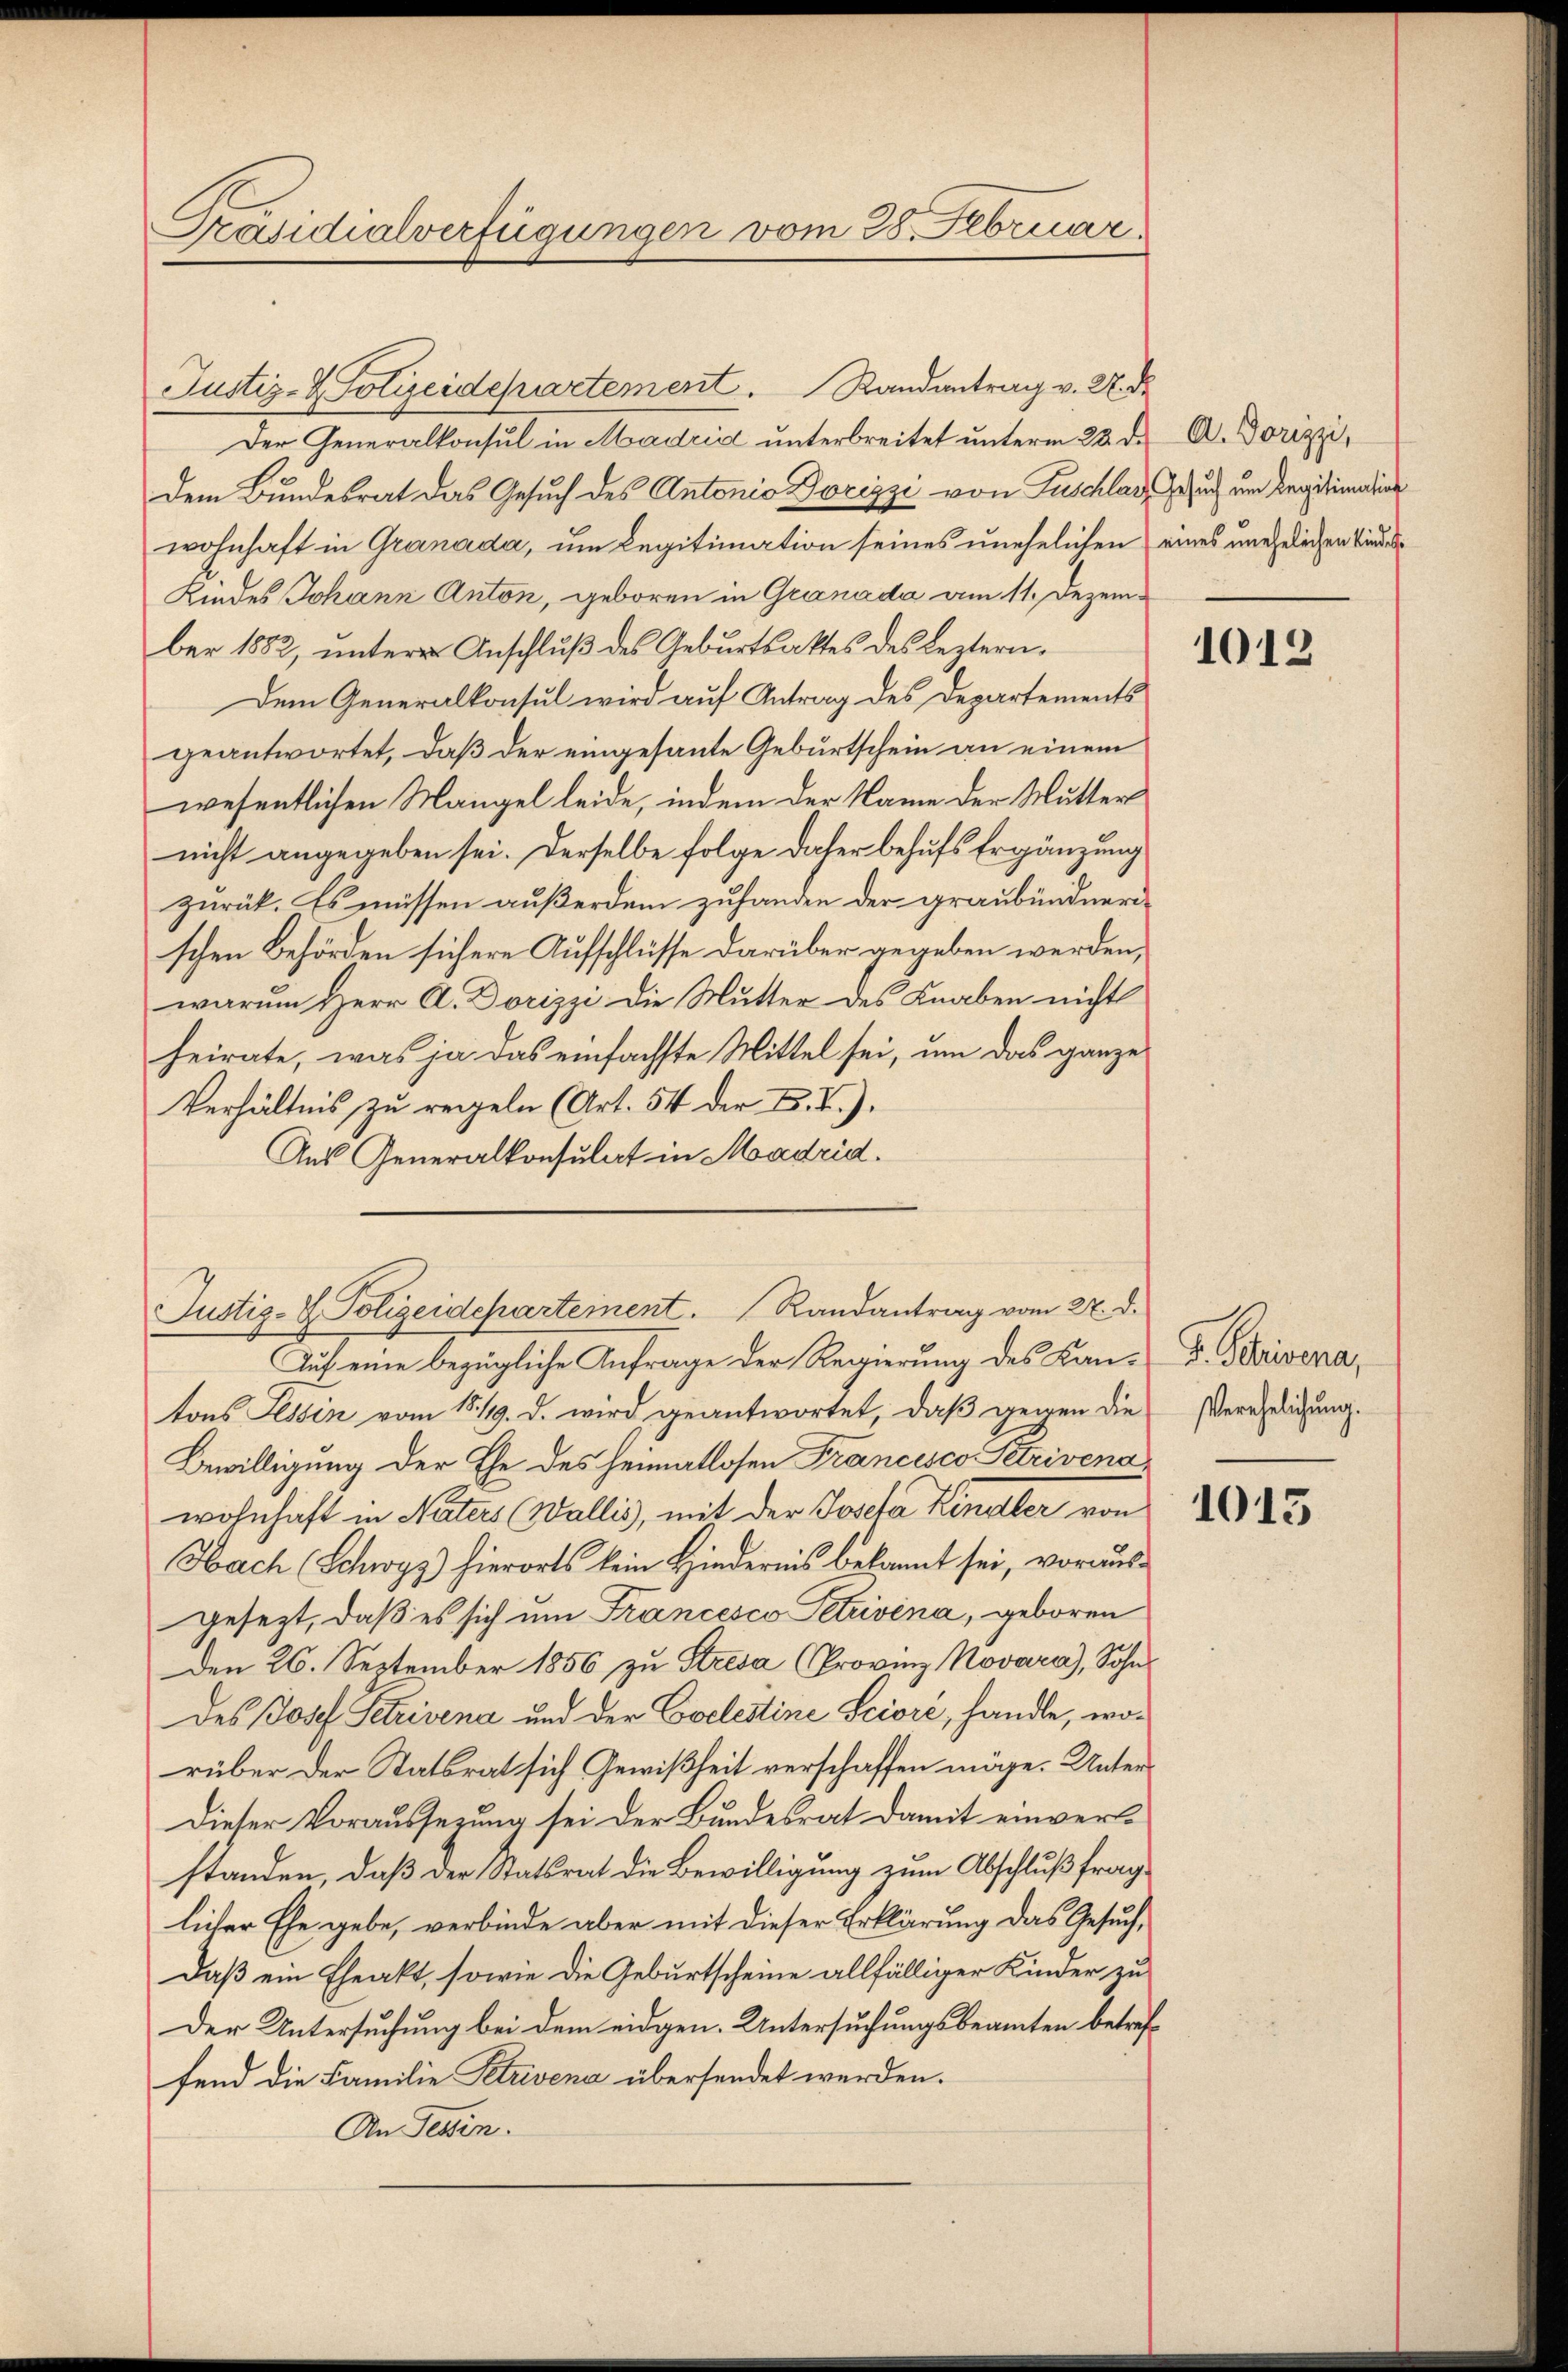
Präsidialverfügungen vom 28. Februar.

Justiz- & Polizeidepartement. Randantrag v. U. Dr.
Der Generalkonsul in Madrid unterbreitet unterm 22. d. A. Dorizzi,
dem Bundesrat das Gesuch des Antonio Dozizzi von Zuschlag Gesuch um Regitimation
wohnhaft in Granada, um Legitimation seines unehelichen eines unehelichen Kindes
Kindes Johann Anton, geboren in Granada am 11. Dezember 1882, untere Anschlŭβ des Geburtsaktes des Leztern.
Dem Generalkonsul wird auf Antrag des Departements
geantwortet, daß der eingesante Geburtschein an einem
wesentlichen Mangel leide, indem der Name der Mutter
nicht angegeben sei. Derselbe folge daher behufs Ergänzung
zurück. Es müssen außerdem zufanden der graubündnerischen Behörden sichere Aufschlüsse darüber gegeben werden,
warum Herr A. Dorizzi die Mutter des Knaben nicht
heirate, was ja das einfachste Mittel sei, um das ganze
Verhältnis zu regeln (Art. 54 der F. II).
Aus Generalkonsulat in Madrid.

Justiz- & Polizeidepartement. Randantrag vom 27. d.
Auf eine bezügliche Anfrage der Regierung des Kan-V. Brisena¬

tons Tessin vom 15. 1419. d. wird geantwortet, daβ gegen die Verledigung.
Bewilligung der Ehe des Heimatlosen Francesco Petrivenawohnhaft in Naters (Wallis, mit der Josefa Kindler von
Hach (Schwyz) hierorts kein Hindernis bekannt sei, vorausgesezt, daß es sich um Francesco Petrivina, geboren
Den 26. September 1856 zu Stresa (Provinz Novare), Sohn
Des Josef Petrivena und der Coelestine Sciore, handle, worüber der Statsrat sich Gewißheit verschaffen möge. Unter
Dieser Voraussezung sei der Bundesrat damit einverle
standen, daß der Statsrat die Bewilligung zum Abschluß fraglicher Ehe gebe, verbinde aber mit dieser Erklärung das Gesuch,
Daß ein Eheakt, sowie die Geburtscheine allfälliger Kinder zu
Der Untersuchung bei dem eidgen. Untersuchungsbeamten betreffend die Familie Petrivena übersendet werden.
An Tessin.

1012

1015